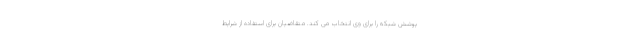
پوشش شبکه را برای وی انتخاب می کند. متقاضیان برای استفاده از شرایط